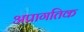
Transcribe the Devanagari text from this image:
अप्रागतिक